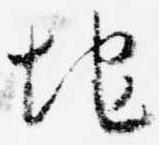
地